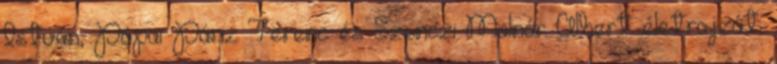
István, Pápai Páriz Ferenc és Szenczi Molnár Albert életrajzát;